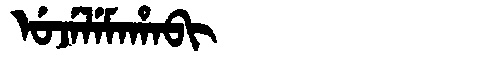
Manchu: ᡠᠵᡝᠯᡝᠮᠠᡥᠠᠪᡳ
Romanization: UJELEMAHABI